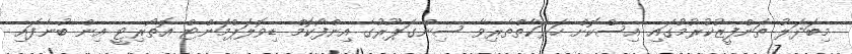
މިބަދަލު ތަންފީޒުކުރުމުގައި އިސްކޮށް ހަރަކާތްތެރިވާ ސިންގަޕޫރުގެ އިންފޯކޮމް ޑިވޮލަޕްމަންޓް އޮތޯރިޓީ އިން ބުނެފައި